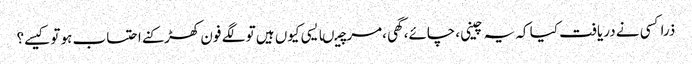
ذراکسی نے دریافت کیا کہ یہ چینی ،چائے،گھی ،مرچیںایسی کیوں ہیں تو لگے فون کھڑکنے احتساب ہو تو کیسے؟